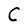
Character: C